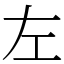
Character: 左